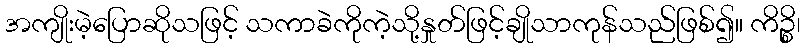
အကျိုးမဲ့ပြောဆိုသဖြင့် သကာခဲကိုကဲ့သို့နှုတ်ဖြင့်ချိုသာကုန်သည်ဖြစ်၍။ ကိဉ္စိ၊